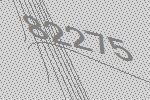
82275